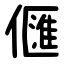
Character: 㒑